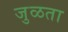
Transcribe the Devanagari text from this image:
जुळता